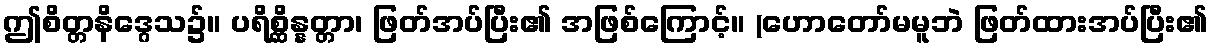
ဤစိတ္တနိဒ္ဂေသ၌။ ပရိစ္ဆိန္နတ္တာ၊ ဖြတ်အပ်ပြီး၏ အဖြစ်ကြောင့်။ (ဟောတော်မမူဘဲ ဖြတ်ထားအပ်ပြီး၏